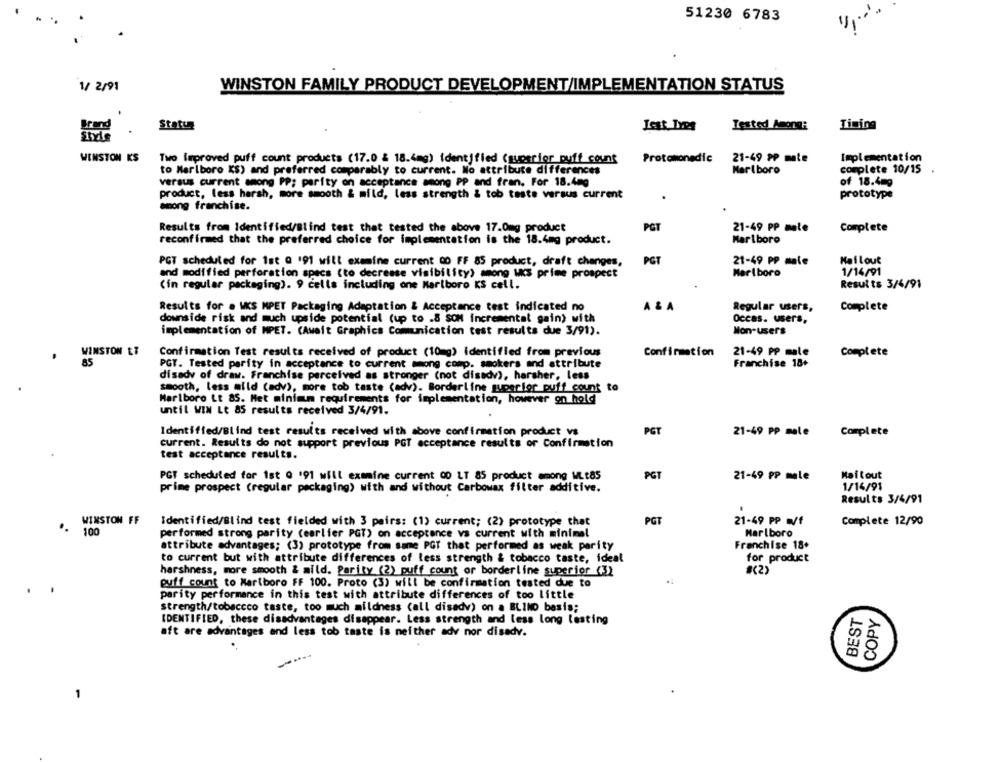
51230 6783
11
1/ 2/91
WINSTON FAMILY PRODUCT DEVELOPMENT/IMPLEMENTATION STATUS
Status
Lest Ives
Tested Among:
Timing
WINSTON KS
Two Improved puff count products (17.0 & 18.4mg) identified (superior_puff_count
Protomonadic
21-49 PP mate
Implementation
to Marlboro KS) and preferred comparably to current. No attribute differences
Marlboro
complete 10/15
versus current among PP; parity on acceptance among PP and fran. For 18.4mg
of 18.4=9
product, less harsh, more smooth & mild, less strength & tob teste versus current
prototype
among franchise.
Results from Identified/Blind test that tested the above 17.0mg product
PCT
21-49 PP male
Complete
reconfirmed that the preferred choice for implementation is the 18.4mg product.
Marlboro
Mailout
PGT scheduled for 1st @ 191 will examine current 00 FF 85 product, draft changes,
PGT
21-49 PP mate
and modified perforation specs (to decrease visibility) among us prime prospect
Marlboro
1/14/91
Results 3/4/91
(in regular packaging). 9 cells including one Marlboro KS cell.
Results for . WKS MPET Packaging Adaptation & Acceptance test indicated no
A & A
Regular users,
Complete
downside risk and much upside potential (up to .8 SOM incremental gain) with
Occas. users,
implementation of MPET. (Await Graphics Comunication test results due 3/91).
Mon-users
WINSTON ET
Confirmation Test results received of product (10mg) identified from previous
Confirmation
21-49 PP male
Complete
85
PGT. Tested parity in acceptance to current among comp. smokers and attribute
Franchise 18+
disady of draw. Franchise perceived as stronger (not disadv), harsher, less
smooth, less mild (adv), more tob taste (adv). Borderline superior puff count to
Marlboro Lt 85. Met minimum requirements for implementation, however on hold
until WIN Lt 85 results received 3/4/91.
Identified/Blind test results received with above confirmation product vs
PGT
21-49 PP male Complete
current. Results do not support previous PGT acceptance results of Confirmation
test acceptance results.
PGT scheduled for 1st 0 191 will examine current 00 LT 85 product among WL.t.85
PGT
21-49 PP male
Maitout
prime prospect (regular packaging) with and without Carbowax filter additive.
1/14/91
Results 3/4/91
WINSTON FF
Identified/Blind test fielded with 3 pairs: (1) current; (2) prototype that
PCT
21-49 PP m/f
Complete 12/90
100
Marlboro
performed strong parity (earlier PGT) on acceptance vs current with minimal
attribute advantages; (3) prototype from same PGT that performed as weak parity
Franchise 18+
to current but with attribute differences of less strength & tobacco taste, ideal
for product
harshness, more smooth & mild. Parity (2) puff count or borderline superior (3)
*(2)
puff count to Marlboro FF 100. Proto (3) will be confirmation tested due to
parity performance in this test with attribute differences of too little
Strength/tobaccco taste, too much mildness (all disadv) on a BLIND basis;
BEST
COPY
IDENTIFIED, these disadvantages disappear. Less strength and less long lasting
aft are advantages and less tob taste is neither ady nor disadv.